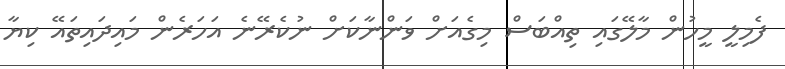
ފެމިލީ މީހުން މާލޭގައި ތިއްބަސް މިގެއަށް ވަންނާކަށް ނުކެރޭނެ އަހަރެން މައިދައިތައޭ ކިޔާ